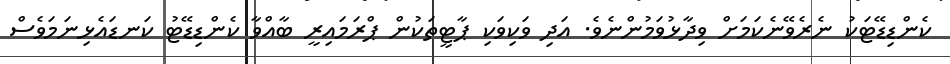
ކެންޑިޑޭޓަކު ނެރެވޭނެކަމަށް ވިދާޅުވަމުންނެވެ. އަދި ވަކިވަކި ޕާޓީތަކުން ޕްރަމައިރީ ބާއްވާ ކެންޑިޑޭޓު ކަނޑައެޅިނަމަވެސް